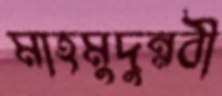
মাহমুদুন্নবী